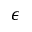
\epsilon